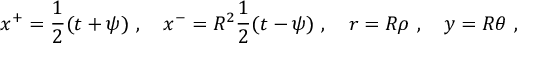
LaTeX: x ^ { + } = \frac 1 2 ( t + \psi ) ~ , \quad x ^ { - } = R ^ { 2 } \frac 1 2 ( t - \psi ) ~ , \quad r = R \rho ~ , \quad y = R \theta ~ ,